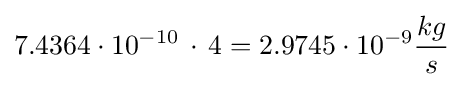
7.4364\cdot 10^{-10}\,\cdot \,4=2.9745\cdot 10^{-9}{\frac {kg}{s}}